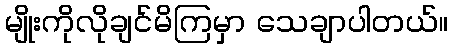
မျိုးကိုလိုချင်မိကြမှာ သေချာပါတယ်။